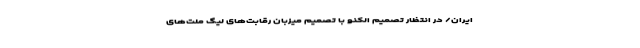
ایران/ در انتظار تصمیم الکنو با تصمیم میزبان رقابت‌های لیگ ملت‌های